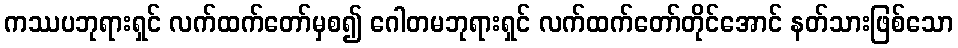
ကဿပဘုရားရှင် လက်ထက်တော်မှစ၍ ဂေါတမဘုရားရှင် လက်ထက်တော်တိုင်အောင် နတ်သားဖြစ်သော